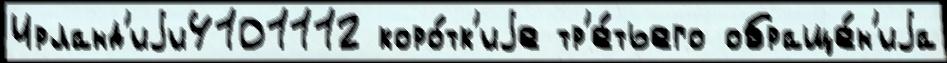
Ирланд'иjи4101112 коро́тк'иjе тр'е́тьего обраще́н'иjа